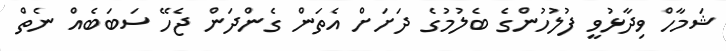
ޝަމާހް ވިދާޅުވީ ފުލުހުންގެ ބެލުމުގެ ދަށަށް އެތަން ގެންދަން ޖެހޭ ސަބަބެއް ނެތް